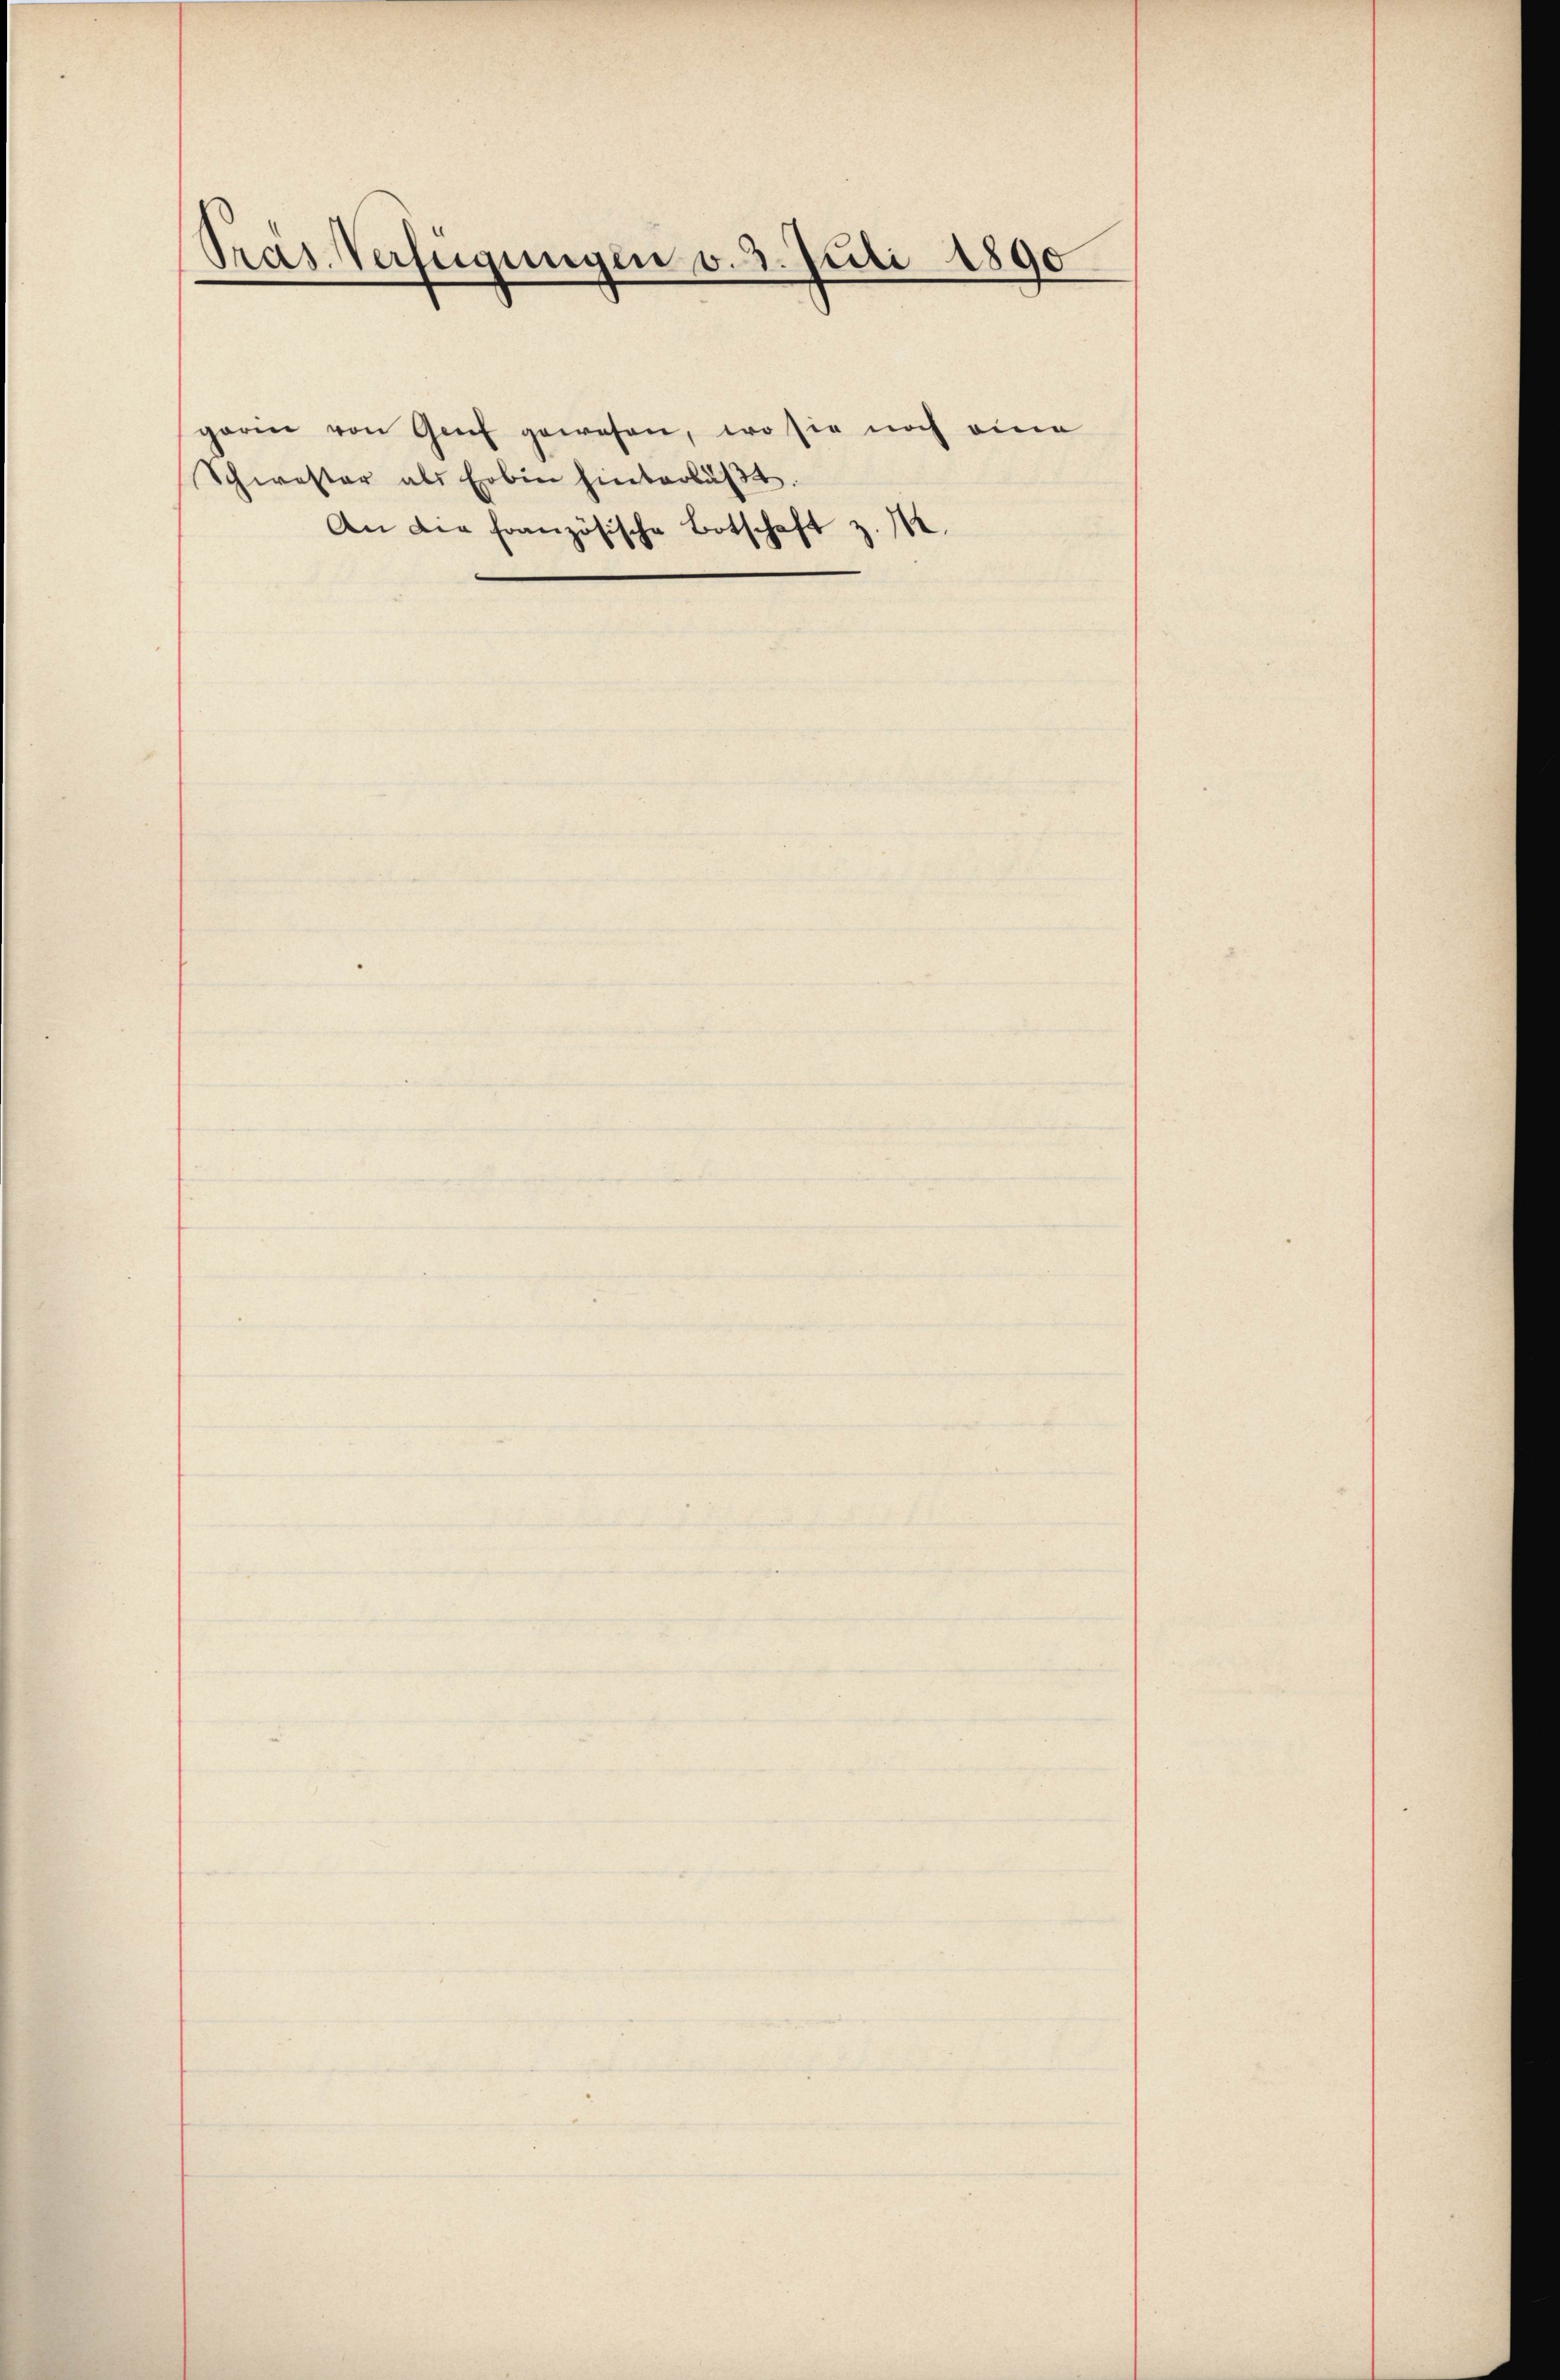
Pras Verfügungen v. 2. Juli 1890

Schwester als Erben hinterläβt.

garin von Genf gewesen, wo sie noch eine

An die französische Botschaft z. 12.